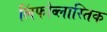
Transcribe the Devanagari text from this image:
लिंफोब्लास्तिक